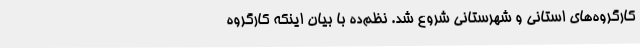
کارگروه‌های استانی و شهرستانی شروع شد. نظم‌ده با بیان اینکه کارگروه